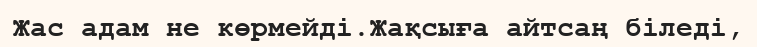
Жас адам не көрмейді.Жақсыға айтсаң біледі,